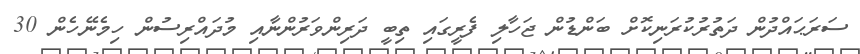
ސަރަޙައްދުން ދަތުރުކުރަނިކޮށް ބަންޑުން ޖަހާލި ފެރީގައި ތިބީ ދަރިންވަރުންނާއި މުދައްރިސުން ހިމެނޭހެން 30